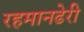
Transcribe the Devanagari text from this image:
रहमानढेरी